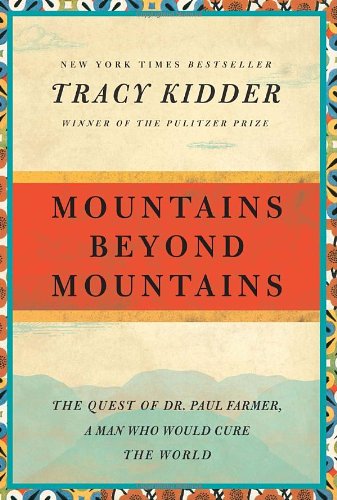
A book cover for Mountains Beyond Mountains: The Quest of Dr. Paul Farmer, a Man Who Would Cure the World (Random House Reader's Circle); Tracy Kidder; Biographies & Memoirs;